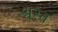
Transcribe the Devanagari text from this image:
श्वस्त